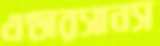
এন্ডারসানস